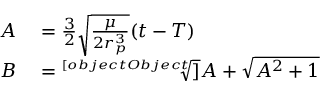
\begin{array} { r l } { A } & { { } = { \frac { 3 } { 2 } } { \sqrt { \frac { \mu } { 2 r _ { p } ^ { 3 } } } } ( t - T ) } \\ { B } & { { } = { \sqrt [ [object Object] ] { A + { \sqrt { A ^ { 2 } + 1 } } } } } \end{array}